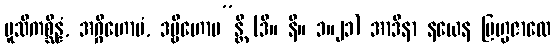
မူသိကစ္ဆိန္နံ, အဂ္ဂိဟောမံ, ဒဗ္ဗိဟောမ”န္တိ (ဒီ။ နိ။ ၁။၂၁) အာဒိနာ နယေန ဗြဟ္မဇာလေ